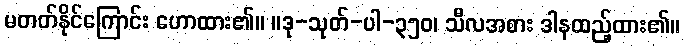
မတတ်နိုင်ကြောင်း ဟောထား၏။ ။ဒု-သုတ်-ပါ-၃၅၀၊ သီလအစား ဒါနထည့်ထား၏။